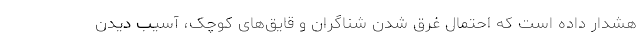
هشدار داده است که احتمال غرق شدن شناگران و قایق‌های کوچک، آسیب دیدن